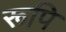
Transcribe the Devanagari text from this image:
रूपि